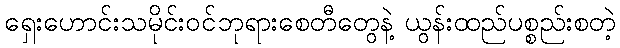
ရှေးဟောင်းသမိုင်းဝင်ဘုရားစေတီတွေနဲ့ ယွန်းထည်ပစ္စည်းစတဲ့